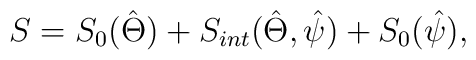
S = S_0(\hat{\Theta})+S_{int}(\hat{\Theta},\hat{\psi})    +S_0(\hat{\psi}),